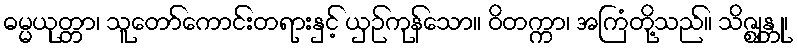
ဓမ္မယုတ္တာ၊ သူတော်ကောင်းတရားနှင့် ယှဉ်ကုန်သော။ ဝိတက္ကာ၊ အကြံတို့သည်။ သိဇ္ဈန္တု၊